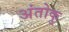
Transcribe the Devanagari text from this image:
अंतोकु